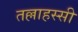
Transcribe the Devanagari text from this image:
तल्लाहस्सी